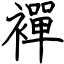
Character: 襌